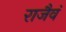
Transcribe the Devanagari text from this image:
राजैवं